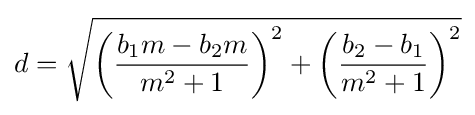
d={\sqrt {\left({\frac {b_{1}m-b_{2}m}{m^{2}+1}}\right)^{2}+\left({\frac {b_{2}-b_{1}}{m^{2}+1}}\right)^{2}}}